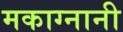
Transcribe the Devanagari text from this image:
मकाग्नानी